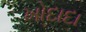
ખોદાદા